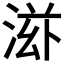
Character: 𬇿